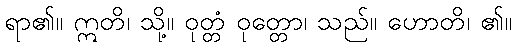
ရာ၏။ ဣတိ၊ သို့။ ဝုတ္တံ ဝုတ္တော၊ သည်။ ဟောတိ၊ ၏။